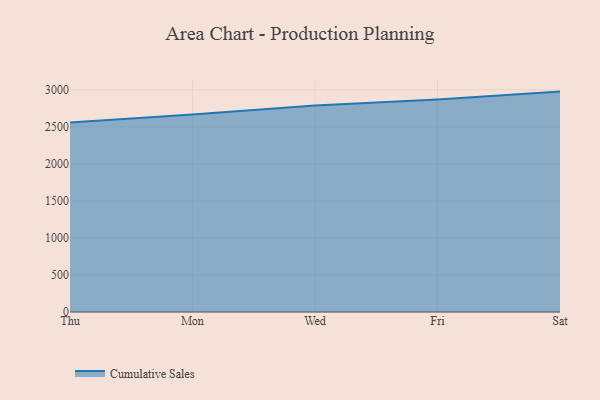
{"axis": {"x": "Day", "y": "Bounce Rate (%)"}, "legend": ["Cumulative Sales"], "data": [{"x": "Thu", "y": 2557.4, "type": "Cumulative Sales"}, {"x": "Mon", "y": 2666.8, "type": "Cumulative Sales"}, {"x": "Wed", "y": 2788.2, "type": "Cumulative Sales"}, {"x": "Fri", "y": 2866.3, "type": "Cumulative Sales"}, {"x": "Sat", "y": 2974.5, "type": "Cumulative Sales"}]}